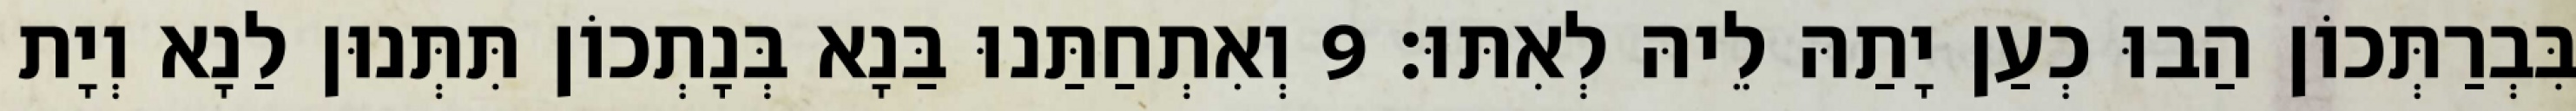
בִּבְרַתְּכוֹן הַבוּ כְעַן יָתַהּ לֵיהּ לְאִתּוּ׃ 9 וְאִתְחַתַּנוּ בַּנָא בְּנָתְכוֹן תִּתְּנוּן לַנָא וְיָת